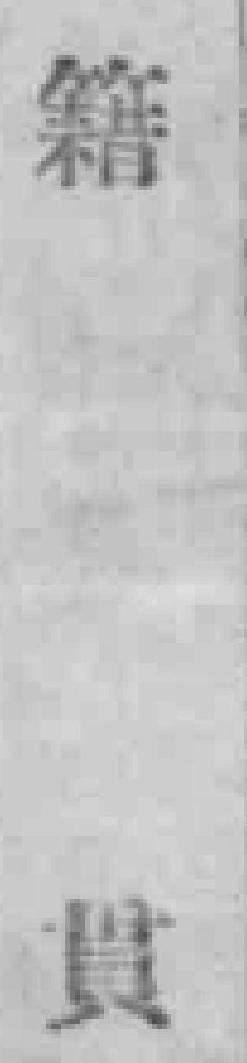
籍貫